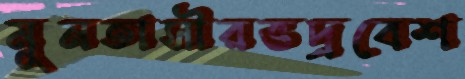
মুনতাসীরভদ্রবেশ